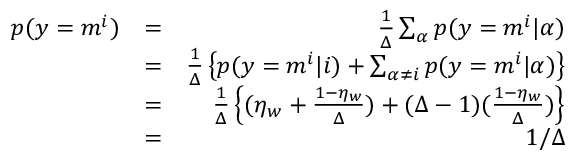
\begin{array} { r l r } { p ( y = m ^ { i } ) } & { = } & { \frac { 1 } { \Delta } \sum _ { \alpha } p ( y = m ^ { i } | \alpha ) } \\ & { = } & { \frac { 1 } { \Delta } \left\{ p ( y = m ^ { i } | i ) + \sum _ { \alpha \neq i } p ( y = m ^ { i } | \alpha ) \right\} } \\ & { = } & { \frac { 1 } { \Delta } \left\{ ( \eta _ { w } + \frac { 1 - \eta _ { w } } { \Delta } ) + ( \Delta - 1 ) ( \frac { 1 - \eta _ { w } } { \Delta } ) \right\} } \\ & { = } & { 1 / \Delta } \end{array}